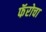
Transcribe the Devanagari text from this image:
फॅरोचा